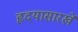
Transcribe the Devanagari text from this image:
हृदयासारखे